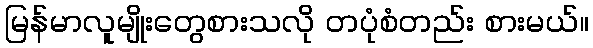
မြန်မာလူမျိုးတွေစားသလို တပုံစံတည်း စားမယ်။